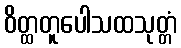
ဝိတ္ထတူပေါသထသုတ္တံ